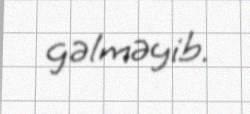
gəlməyib.